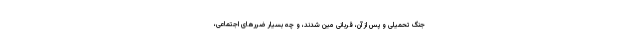
جنگ تحمیلی و پس از آن، قربانی مین شدند، و چه بسیار ضررهای اجتماعی،